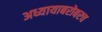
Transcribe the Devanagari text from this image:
अध्यायाबरोबरच